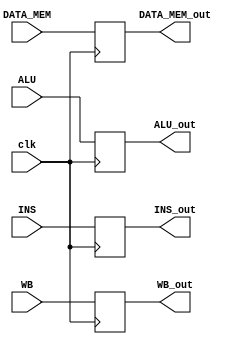
module MEMWBRegister(
	input clk, WB, 
	input [4:0] INS,
	input [31:0] ALU, DATA_MEM,
	output reg WB_out,
	output reg [4:0] INS_out,
	output reg [31:0] ALU_out, DATA_MEM_out
	);

always @ (posedge clk) begin
 WB_out=WB;

	 INS_out=INS;
	 ALU_out=ALU;
	 DATA_MEM_out=DATA_MEM ;
end

endmodule



module exMem(
	input clk, WB, M,
	input [4:0] mux,
	input [31:0] ALU,ADD, ReadData2,
	output reg WB_out, M_out,
	output reg [4:0] mux_out,
	output reg [31:0] ALU_out, ReadData2_out,ADD_out
	);

always @ (posedge clk) begin
 WB_out=WB;
	 M_out=M;
	 mux_out=mux;
	 ALU_out=ALU;
	 ReadData2_out=ReadData2 ;
	 ADD_out=ADD;
end

endmodule

module idex(
	input clk, WB, M,EX,
	input [4:0] inst_20,inst_15,
	input [31:0] ALU,ADD,ReadData1, ReadData2,SIGNEXT,
	output reg WB_out, M_out,EX_out,
	output reg [4:0] inst_20_out,inst_15_out,
	output reg [31:0] ReadData1_out, ReadData2_out,SIGNEXT_out
	);

always @ (posedge clk) begin
 WB_out=WB;
 M_out=M;
 EX_out=EX;
	 inst_20_out=inst_20;inst_15_out=inst_15;
	 
	 ReadData1_out=ReadData1 ;
	 ReadData2_out=ReadData2 ;
	 SIGNEXT_out=SIGNEXT;
	
end

endmodule

module ifid(
	input clk,
	input [31:0] INST, ADD,
	output reg [31:0] INST_out, ADD_out
	);

always @ (posedge clk) begin
 INST_out=INST_out;
 ADD_out=ADD;
	
end


endmodule